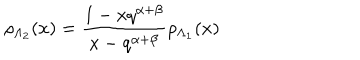
LaTeX: \rho _ { \Lambda _ { 2 } } ( x ) = \frac { 1 - x q ^ { \alpha + \beta } } { x - q ^ { \alpha + \beta } } \rho _ { \Lambda _ { 1 } } ( x )